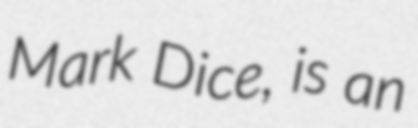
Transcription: Mark Dice, is an